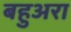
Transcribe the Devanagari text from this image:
बहुअरा